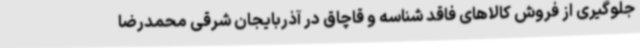
جلوگیری از فروش کالاهای فاقد شناسه و قاچاق در آذربایجان شرقی محمدرضا